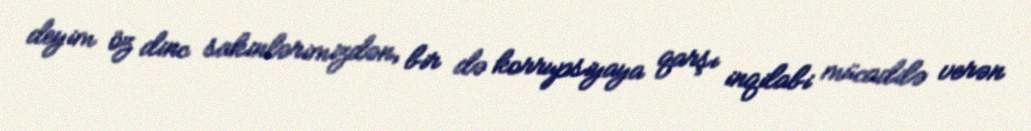
deyim öz dinc sakinlərimizdən, bir də korrupsiyaya qarşı inqilabi mücadilə verən